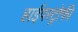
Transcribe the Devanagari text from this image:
हाईपरट्रोफी